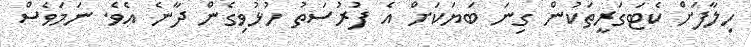
ހިލާފަށް ކެޓަގަރީތަކުން ގިނަ ބަޔަކަށް އެ ފުރުސަތު ހުޅުވިގެން ދާނެ އެވެ. ނަމަވެސް